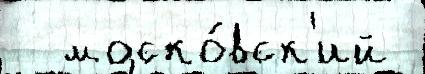
  моско́вск'ий